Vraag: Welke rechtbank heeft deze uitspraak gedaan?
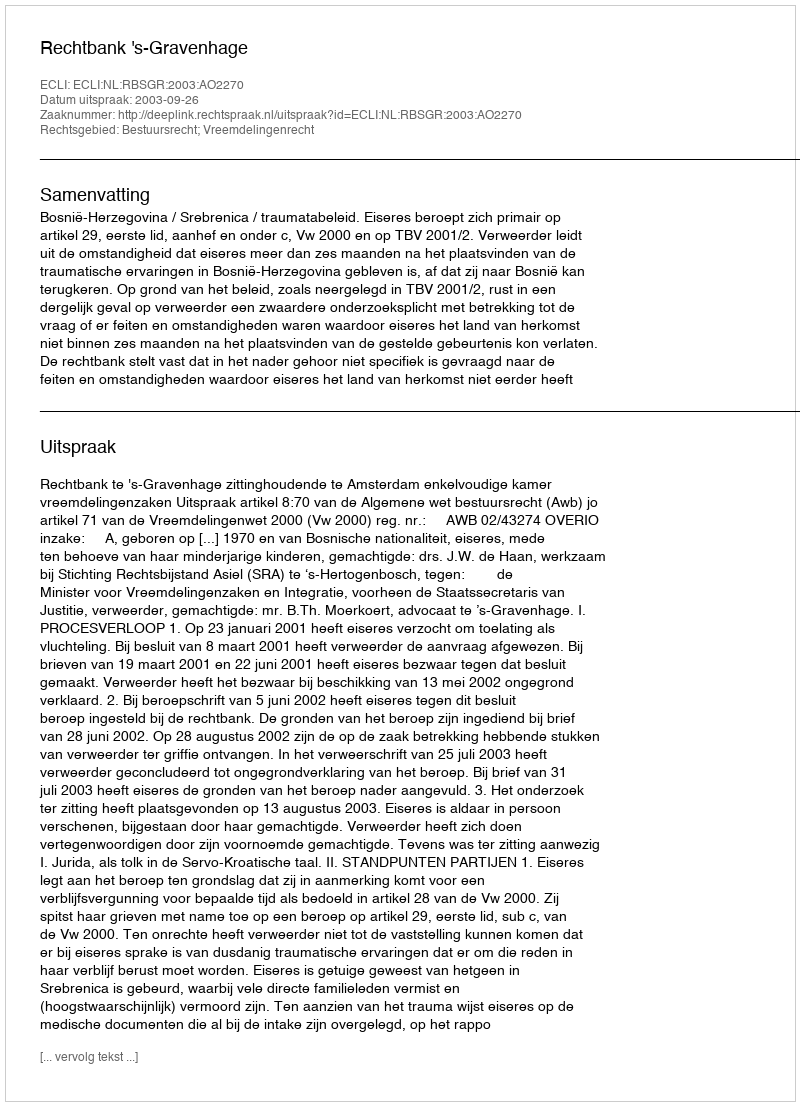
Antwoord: Rechtbank 's-Gravenhage